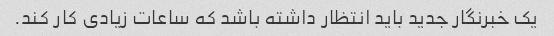
یک خبرنگار جدید باید انتظار داشته باشد که ساعات زیادی کار کند.